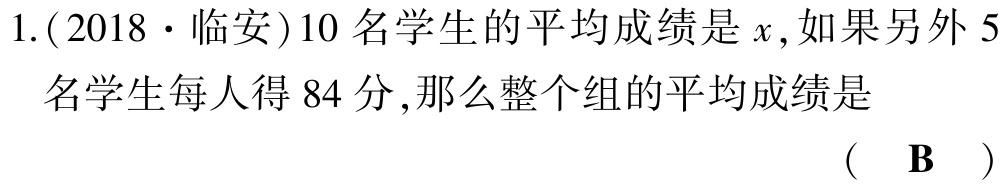
1.(2018·临安)10名学生的平均成绩是\(x\),如果另外5名学生每人得84分,那么整个组的平均成绩是 （ B ）